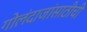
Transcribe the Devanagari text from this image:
गोलंदाजांसाठीची